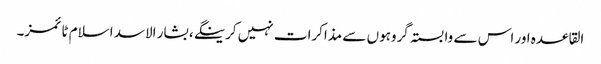
القاعدہ اور اس سے وابستہ گروہوں سے مذاکرات نہیں کرینگے، بشار الاسد اسلام ٹائمز۔